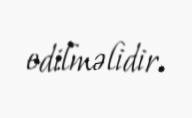
edilməlidir.